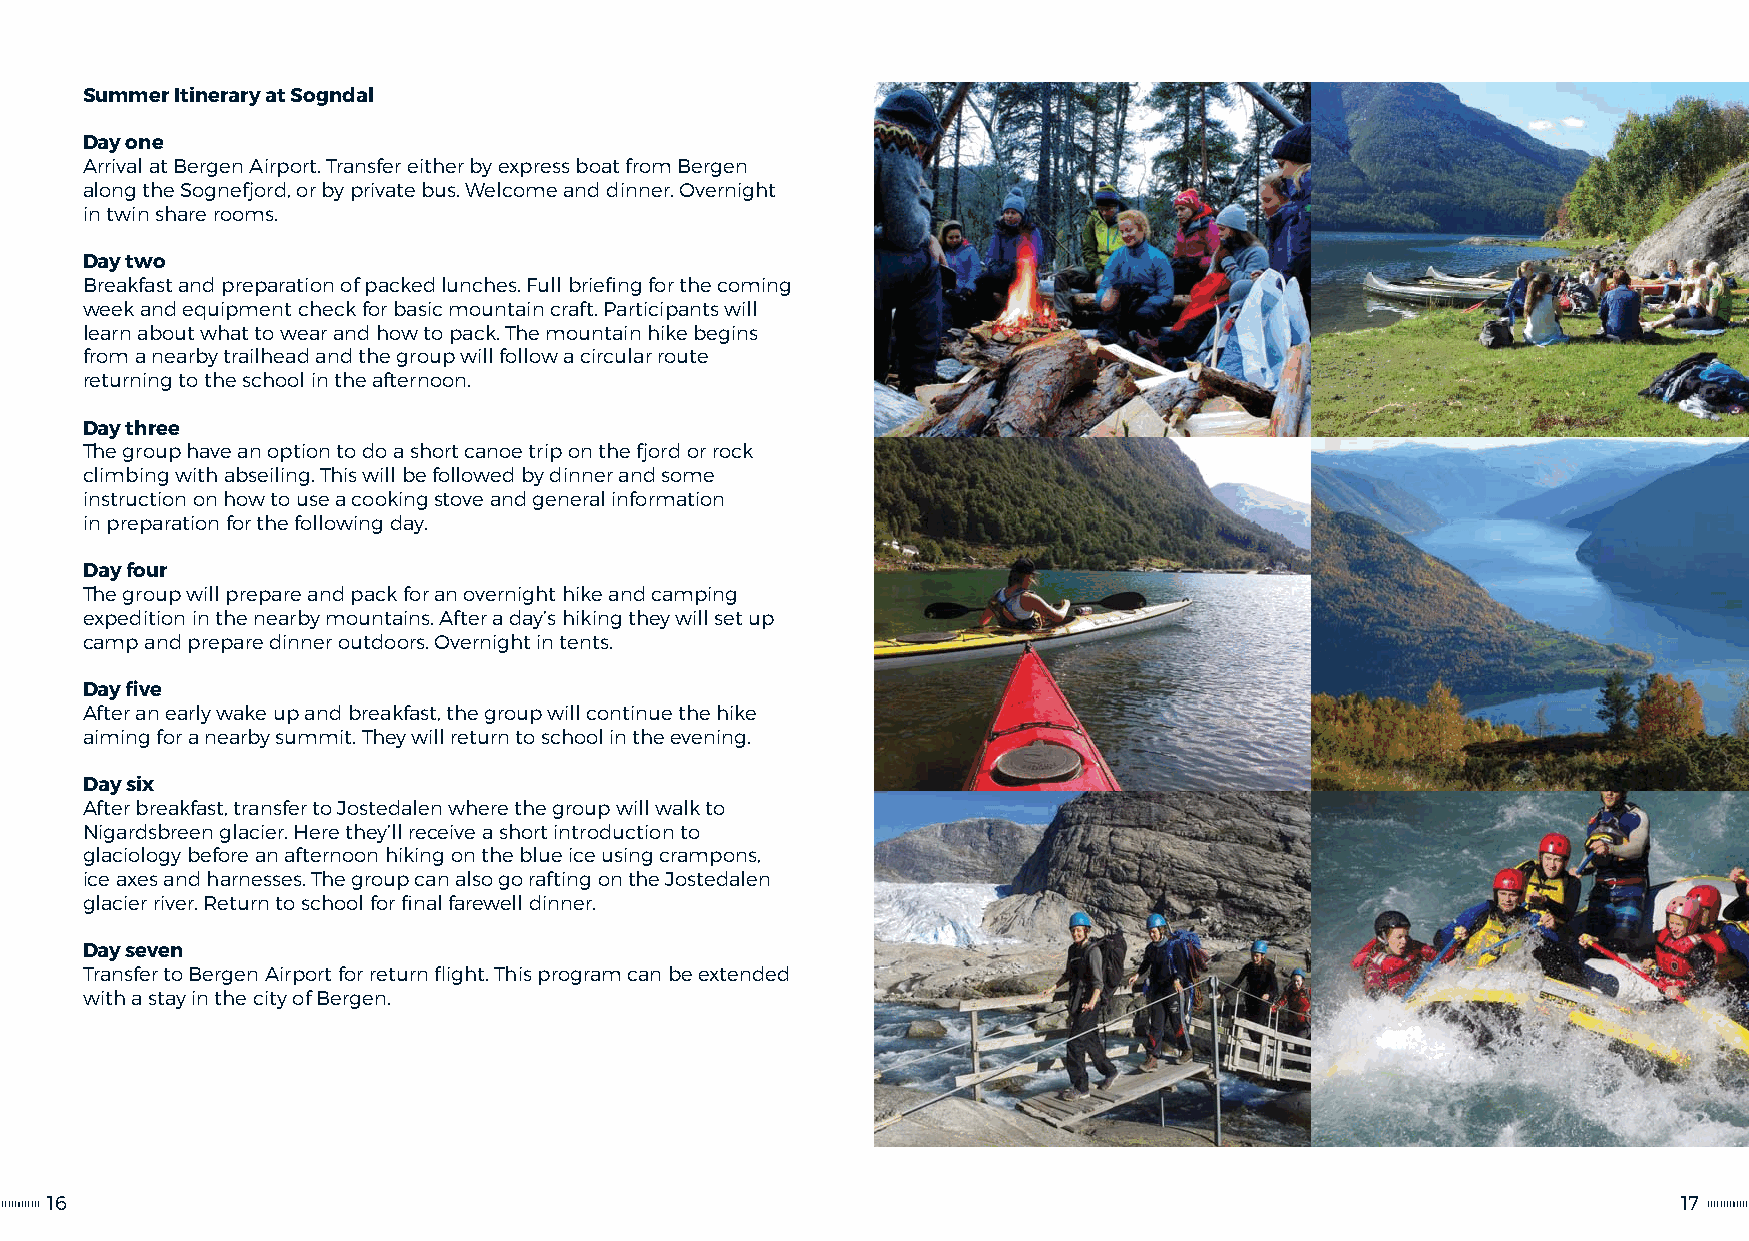
Summer Itinerary at Sogndal
 Day one
 Arrival at Bergen Airport. Transfer either by express boat from Bergen
 along the Sognefjord, or by private bus. Welcome and dinner. Overnight
 in twin share rooms.
 Day two
 Breakfast and preparation of packed lunches. Full briefing for the coming
 week and equipment check for basic mountain craft. Participants will
 learn about what to wear and how to pack. The mountain hike begins
 from a nearby trailhead and the group will follow a circular route
 returning to the school in the afternoon.
 Day three
 The group have an option to do a short canoe trip on the fjord or rock
 climbing with abseiling. This will be followed by dinner and some
 instruction on how to use a cooking stove and general information
 in preparation for the following day.
 Day four
 The group will prepare and pack for an overnight hike and camping
 expedition in the nearby mountains. After a day’s hiking they will set up
 camp and prepare dinner outdoors. Overnight in tents.
 Day five
 After an early wake up and breakfast, the group will continue the hike
 aiming for a nearby summit. They will return to school in the evening.
 Day six
 After breakfast, transfer to Jostedalen where the group will walk to
 Nigardsbreen glacier. Here they’ll receive a short introduction to
 glaciology before an afternoon hiking on the blue ice using crampons,
 ice axes and harnesses. The group can also go rafting on the Jostedalen
 glacier river. Return to school for final farewell dinner.
 Day seven
 Transfer to Bergen Airport for return flight. This program can be extended
 with a stay in the city of Bergen.
 16                                                                                                          17